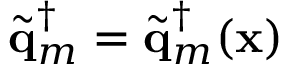
\widetilde { \mathbf { q } } _ { m } ^ { \dagger } = \widetilde { \mathbf { q } } _ { m } ^ { \dagger } ( \mathbf { x } )